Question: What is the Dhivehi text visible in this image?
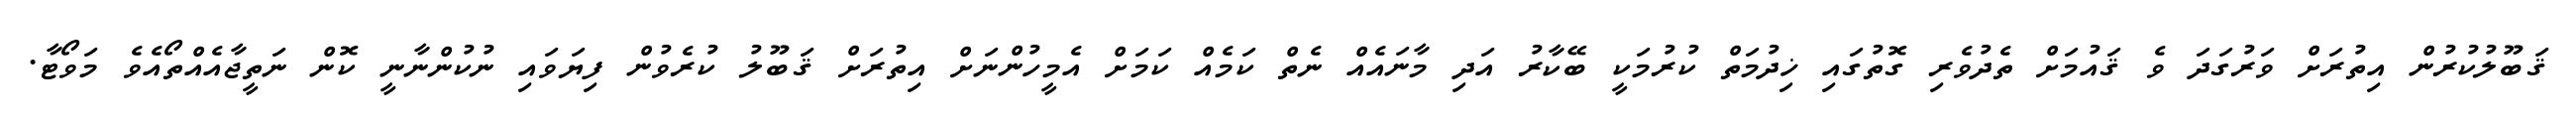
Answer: ޤަބޫލުކުރުން އިތުރަށް ވަރުގަދަ ވެ ޤައުމަށް ތެދުވެރި ގޮތުގައި ޚިދުމަތް ކުރުމަކީ ބޭކާރު އަދި މާނައެއް ނެތް ކަމެއް ކަމަށް އެމީހުންނަށް އިތުރަށް ޤަބޫލު ކުރެވުން ފިޔަވައި ނުކުންނާނީ ކޮން ނަތީޖާއެއްތޯއެވެ މަވޯޓާ.